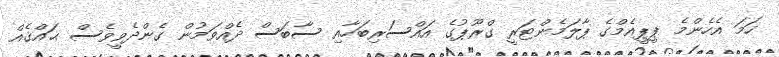
ހަމަ އެހެންމެ ޕީޕީއެމްގެ ޕާލަމެންޓަރީ ގްރޫޕުގެ އައްސަރިބަހާއި ސާބަސް ދެއްވަމުން ގެންދެވީވެސް ޙައްޤެއް